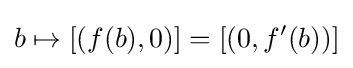
b\mapsto [(f(b),0)]=[(0,f'(b))]